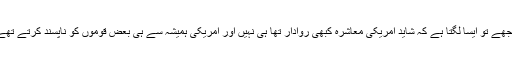
مجھے تو ایسا لگتا ہے کہ شاید امریکی معاشرہ کبھی روادار تھا ہی نہیں اور امریکی ہمیشہ سے ہی بعض قوموں کو ناپسند کرتے تھے۔